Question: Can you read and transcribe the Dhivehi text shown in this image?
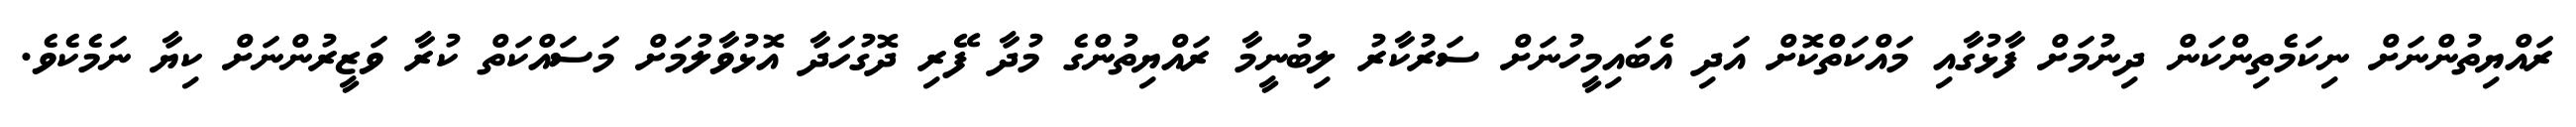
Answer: ރައްޔިތުންނަށް ނިކަމެތިންކަން ދިނުމަށް ފާޅުގާއި މައްކަތްކޮށް އަދި އެބައިމީހުނަށް ސަރުކާރު ލިބުނީމާ ރައްޔިތުންގެ މުދާ ފޭރި ދޮގުހަދާ އޮޅުވާލުމަށް މަސައްކަތް ކުރާ ވަޒީރުންނަށް ކިޔާ ނަމެކެވެ.